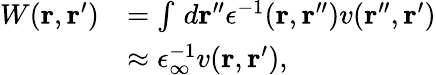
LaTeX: \begin{array}{rl}{W(\mathbf{r},\mathbf{r}^{\prime})}&{=\int\, d\mathbf{r}^{\prime\prime}\epsilon^{-1}(\mathbf{r},\mathbf{r}^{\prime\prime})v(\mathbf{r}^{\prime\prime},\mathbf{r}^{\prime})}\\ &{\approx\epsilon_{\infty}^{-1}v(\mathbf{r},\mathbf{r}^{\prime}),}\end{array}